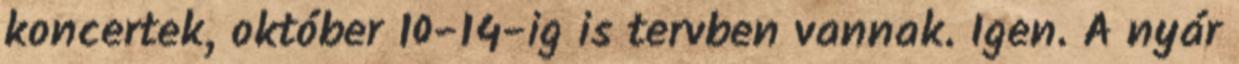
koncertek, október 10-14-ig is tervben vannak. Igen. A nyár